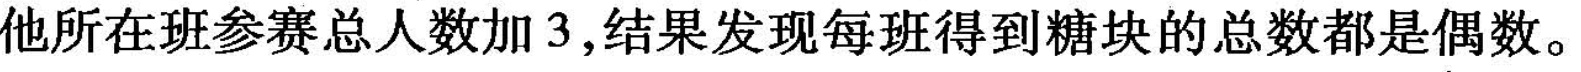
他所在班参赛总人数加3，结果发现每班得到糖块的总数都是偶数。